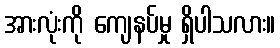
အားလုံးကို ကျေနပ်မှု ရှိပါသလား။